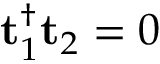
\mathbf { t } _ { 1 } ^ { \dag } \mathbf { t } _ { 2 } = 0